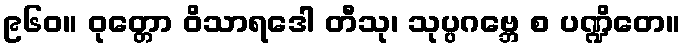
၉၆၀။ ဝုတ္တော ဝိသာရဒေါ တီသု၊ သုပ္ပဂဗ္ဘေ စ ပဏ္ဍိတေ။